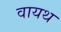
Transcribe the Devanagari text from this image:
वायथ